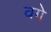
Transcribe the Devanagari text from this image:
वगे